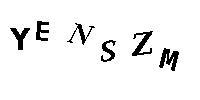
YENSZM